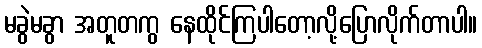
မခွဲမခွာ အတူတကွ နေထိုင်ကြပါတော့လို့ပြောလိုက်တာပါ။